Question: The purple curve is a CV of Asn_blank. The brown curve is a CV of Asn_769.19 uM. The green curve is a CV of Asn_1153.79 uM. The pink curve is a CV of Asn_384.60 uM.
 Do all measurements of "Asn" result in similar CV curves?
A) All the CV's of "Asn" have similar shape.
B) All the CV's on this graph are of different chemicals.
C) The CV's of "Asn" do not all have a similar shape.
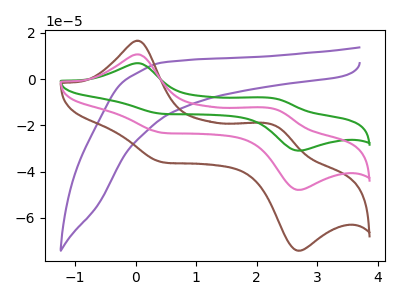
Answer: <think>The purple curve "Asn_blank" has no peaks. The brown curve "Asn_769.19 uM" has anodic peaks at (0.05V, 16.60uA) (2.25V, -19.55uA) and cathodic peaks at (0.50V, -36.10uA) (2.65V, -74.15uA). The green curve "Asn_1153.79 uM" has anodic peaks at (0.05V, 21.45uA) (2.25V, -25.25uA) and cathodic peaks at (0.50V, -46.60uA) (2.65V, -95.75uA). The pink curve "Asn_384.60 uM" has anodic peaks at (0.05V, 10.70uA) (2.25V, -12.65uA) and cathodic peaks at (0.50V, -23.30uA) (2.65V, -47.90uA).
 "Asn_blank" and "Asn_769.19 uM" have a different number of peaks. "Asn_blank" and "Asn_1153.79 uM" have a different number of peaks. "Asn_blank" and "Asn_384.60 uM" have a different number of peaks. All the peaks in "Asn_769.19 uM" have a peak in "Asn_1153.79 uM" at the same potential. All the peaks in "Asn_769.19 uM" have a peak in "Asn_384.60 uM" at the same potential. All the peaks in "Asn_1153.79 uM" have a peak in "Asn_384.60 uM" at the same potential.</think>
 <answer>A) All the CV's of "Asn" have similar shape.</answer>
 <eval>A</eval>